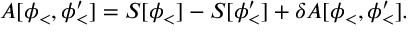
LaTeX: A [ \phi _ { < } , \phi _ { < } ^ { \prime } ] = S [ \phi _ { < } ] - S [ \phi _ { < } ^ { \prime } ] + \delta A [ \phi _ { < } , \phi _ { < } ^ { \prime } ] .